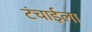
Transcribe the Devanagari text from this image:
टंचाईला